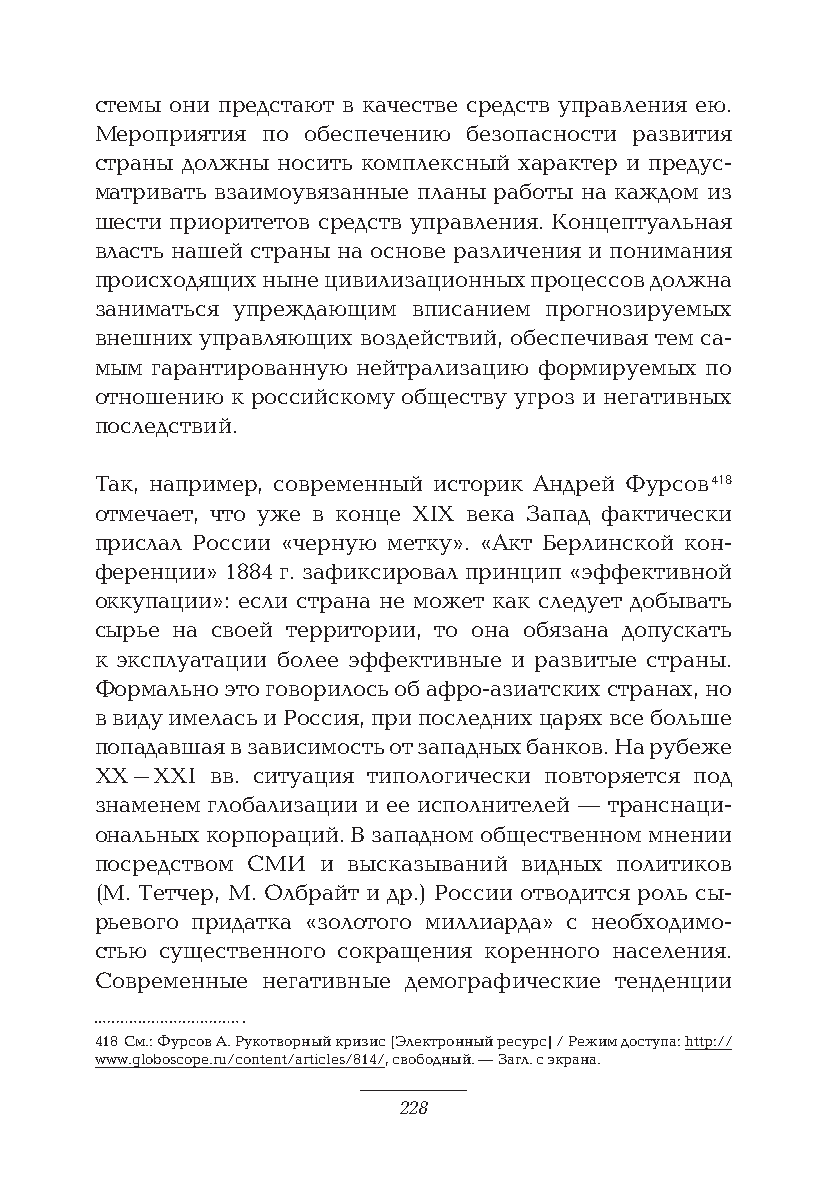
стемы они предстают в качестве средств управления ею.
 Мероприятия по обеспечению безопасности развития
 страны должны носить комплексный характер и предус-
 матривать взаимоувязанные планы работы на каждом из
 шести приоритетов средств управления. Концептуальная
 власть нашей страны на основе различения и понимания
 происходящих ныне цивилизационных процессов должна
 заниматься упреждающим вписанием прогнозируемых
 внешних управляющих воздействий, обеспечивая тем са-
 мым гарантированную нейтрализацию формируемых по
 отношению к российскому обществу угроз и негативных
 последствий.
 Так, например, современный историк Андрей Фурсов 418
 отмечает, что уже в конце ХIХ века Запад фактически
 прислал России «черную метку». «Акт Берлинской кон-
 ференции» 1884 г. зафиксировал принцип «эффективной
 оккупации»: если страна не может как следует добывать
 сырье на своей территории, то она обязана допускать
 к эксплуатации более эффективные и развитые страны.
 Формально это говорилось об афро-азиатских странах, но
 в виду имелась и Россия, при последних царях все больше
 попадавшая в зависимость от западных банков. На рубеже
 XX–XXI  вв. ситуация типологически повторяется под
 знаменем глобализации и ее исполнителей — транснаци-
 ональных корпораций. В западном общественном мнении
 посредством СМИ и высказываний видных политиков
 (М. Тетчер, М. Олбрайт и др.) России отводится роль сы-
 рьевого придатка «золотого миллиарда» с необходимо-
 стью существенного сокращения коренного населения.
 Современные негативные демографические тенденции
 418 См.: Фурсов А. Рукотворный кризис [Электронный ресурс] / Режим доступа: http://
 www.globoscope.ru/content/articles/814/, свободный. — Загл. с экрана.
 228